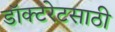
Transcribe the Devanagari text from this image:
डॉक्टरेटसाठी